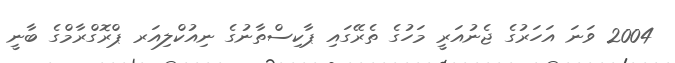
2004 ވަނަ އަހަރުގެ ޖެނުއަރީ މަހުގެ ތެރޭގައި ޕާކިސްތާނުގެ ނިއުކްލިއަރ ޕްރޮގްރާމްގެ ބާނީ